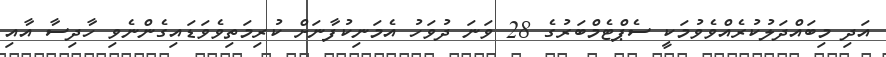
އަދި މިބައްދަލުކުރެއްވެވުމަކީ ސެޕްޓެމްބަރުގެ 28 ވަނަ ދުވަހު އެމަނިކުފާނަށް ކުރިމަތިވެވަޑައިގެންނެވި ހާދިސާ އާއި